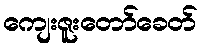
ကျေးဇူးတော်ခေတ်